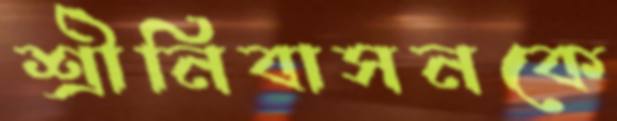
শ্রীনিবাসনকে